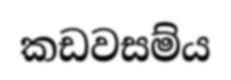
කඩවසම්ය